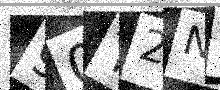
Text: 90T2N3